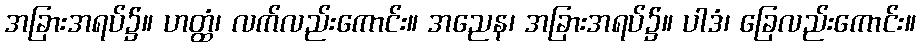
အခြားအရပ်၌။ ဟတ္ထံ၊ လက်လည်းကောင်း။ အညေန၊ အခြားအရပ်၌။ ပါဒံ၊ ခြေလည်းကောင်း။